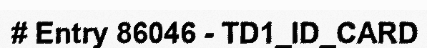
# Entry 86046 - TD1_ID_CARD